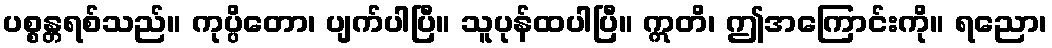
ပစ္စန္တရစ်သည်။ ကုပ္ပိတော၊ ပျက်ပါပြီ။ သူပုန်ထပါပြီ။ ဣတိ၊ ဤအကြောင်းကို။ ရညော၊